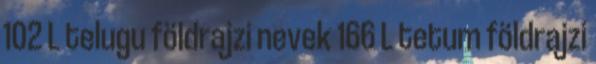
102 L telugu földrajzi nevek‎ 166 L tetum földrajzi